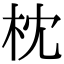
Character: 枕